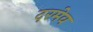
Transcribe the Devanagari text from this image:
दरमेव